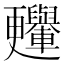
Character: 𣍛